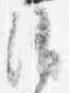
消